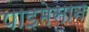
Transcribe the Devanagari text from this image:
पाइमेसान